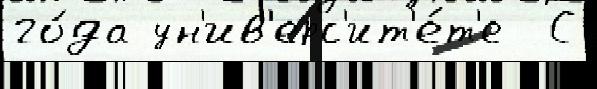
го́да ун'ив'ерс'ит'е́т'е  С